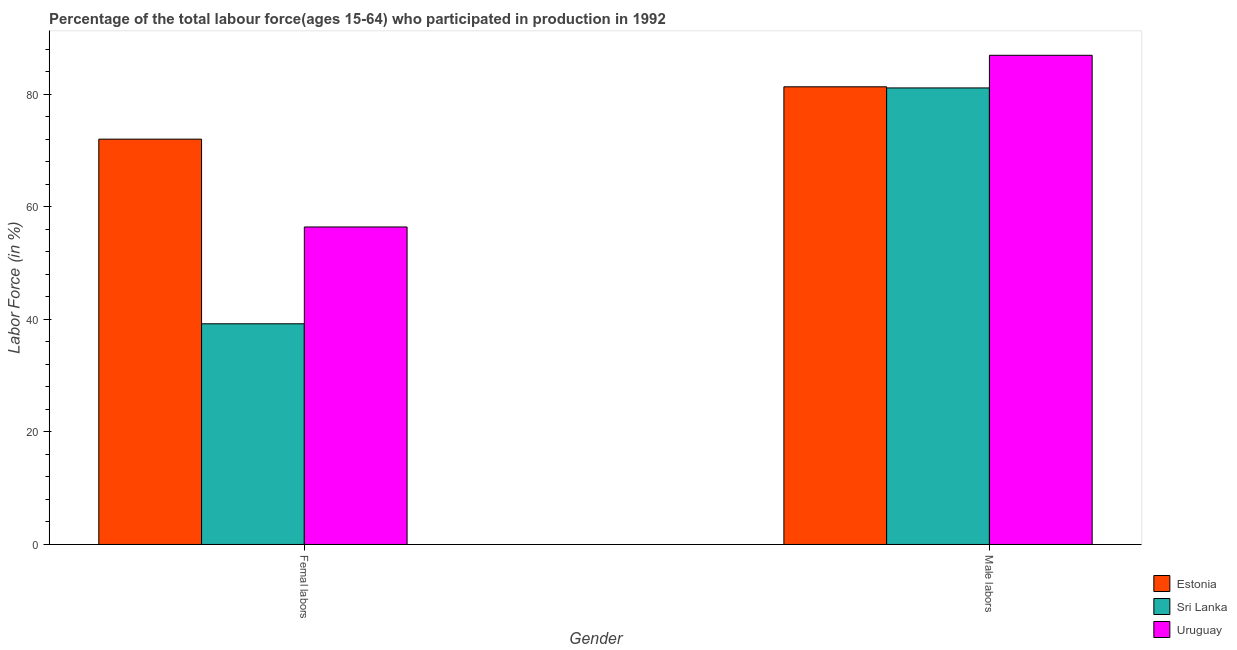
| Gender | Estonia | Sri Lanka | Uruguay |
 | --- | --- | --- | --- |
 | Femal labors | 72 | 39.2 | 56.4 |
 | Male labors | 81.3 | 81.1 | 86.9 |